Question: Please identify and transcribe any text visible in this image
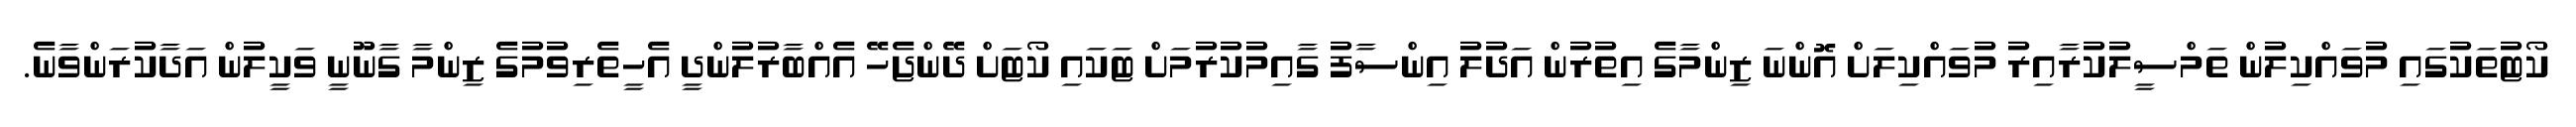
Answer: ކޯޓުތަކުގައި މުވައްކިލުން ތަމްސީލުކުރާއިރު މުވައްކިލަށް އޮންނަ ޒިންމާގެ އިތުރުން އަދުލު އިންސާފު ގާއިމުކުރުމަށް ޓަކައި ކޯޓަށް ދޭންޖެހޭ އެއްބާރުލުންދީ އެހީތެރިވުމުގެ ޒިންމާ ގާނޫނީ ވަކީލުން އަދާކުރަންވާނެ.